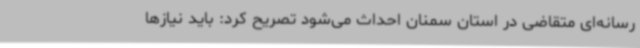
رسانه‌ای متقاضی در استان سمنان احداث می‌شود تصریح کرد: باید نیازها